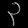
Digit: ၃